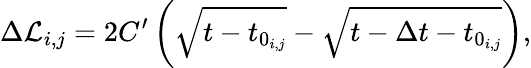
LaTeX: \Delta\mathcal{L}_{i,j}=2C^{\prime}\left(\sqrt{t-t_{0_{i,j}}\vphantom{\Delta}}-\sqrt{t-\Delta t-t_{0_{i,j}}}\right),